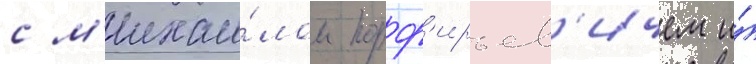
с м'ихаи́лом порф'ирьев'ичем и́